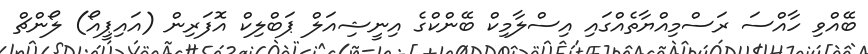
ބޭއްވި ހާއްސަ ރަސްމިއްޔާތެއްގައި އިސްލާމިކް ބޭންކްގެ އިނީޝިއަލް ޕަބްލިކް އޮފަރިން (އައިޕީއޯ) ލޯންޗް